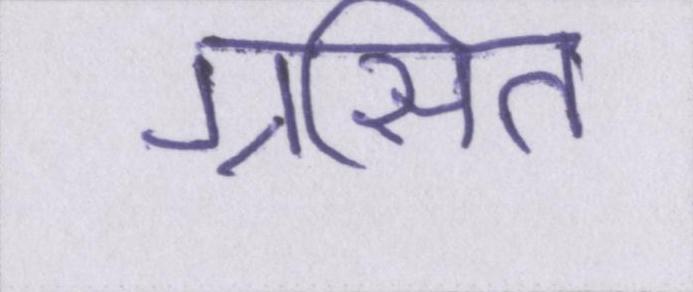
ग्रसित